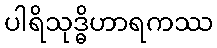
ပါရိသုဒ္ဓိဟာရကဿ